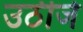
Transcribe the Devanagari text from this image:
उठीजे